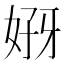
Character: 𰠣